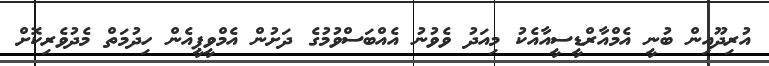
އުރިދޫއިން ބުނީ އެމްއާރްޑީސީއާއެކު މިއަދު ވެވުނު އެއްބަސްވުމުގެ ދަށުން އެމްވީޕީއެން ހިދުމަތް މެދުވެރިކޮށް